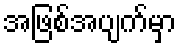
အဖြစ်အပျက်မှာ